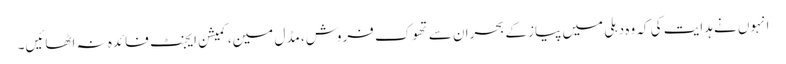
انہوں نے ہدایت کی کہ وہ دہلی میں پیاز کے بحران سے تھوک فروش، مڈل مین، کمیشن ایجنٹ فائدہ نہ اٹھائیں۔